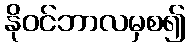
နိုဝင်ဘာလမှစ၍